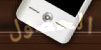
الحصول